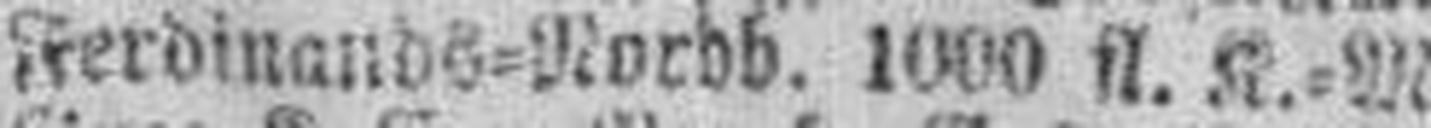
Ferdinands=Nordb. 1000 fl. K.=M.